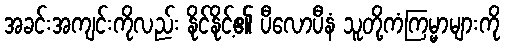
အခင်းအကျင်းကိုလည်း နိုင်နိုင့်၏ ပီလောပီနံ သူတို့ကံကြမ္မာများကို